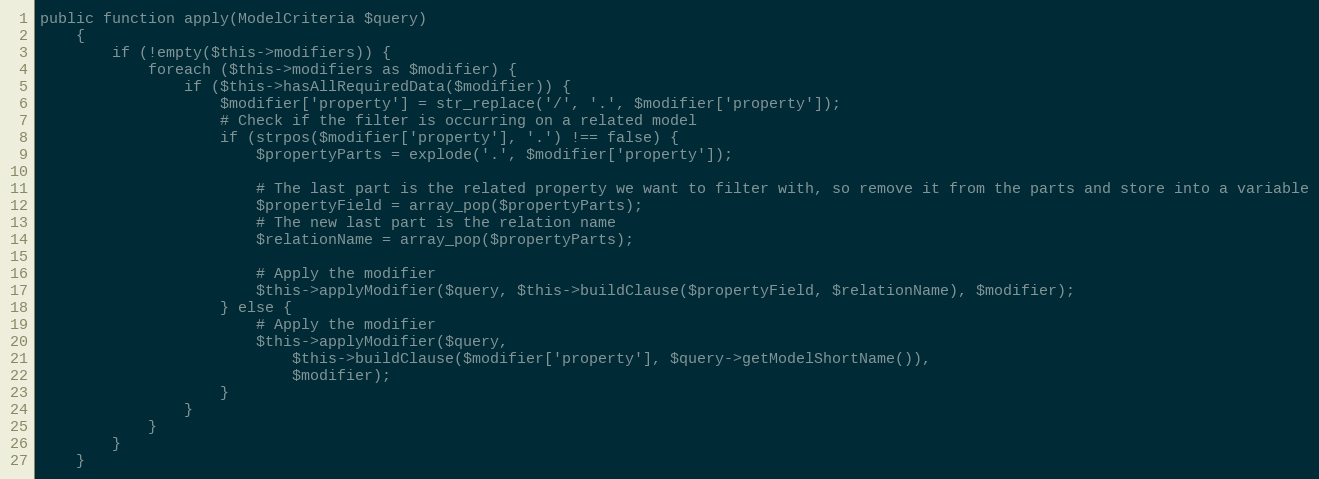
Language: PHP
public function apply(ModelCriteria $query)
    {
        if (!empty($this->modifiers)) {
            foreach ($this->modifiers as $modifier) {
                if ($this->hasAllRequiredData($modifier)) {
                    $modifier['property'] = str_replace('/', '.', $modifier['property']);
                    # Check if the filter is occurring on a related model
                    if (strpos($modifier['property'], '.') !== false) {
                        $propertyParts = explode('.', $modifier['property']);

                        # The last part is the related property we want to filter with, so remove it from the parts and store into a variable
                        $propertyField = array_pop($propertyParts);
                        # The new last part is the relation name
                        $relationName = array_pop($propertyParts);

                        # Apply the modifier
                        $this->applyModifier($query, $this->buildClause($propertyField, $relationName), $modifier);
                    } else {
                        # Apply the modifier
                        $this->applyModifier($query,
                            $this->buildClause($modifier['property'], $query->getModelShortName()),
                            $modifier);
                    }
                }
            }
        }
    }